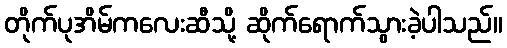
တိုက်ပုအိမ်ကလေးဆီသို့ ဆိုက်ရောက်သွားခဲ့ပါသည်။